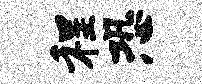
程恐